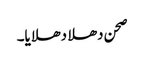
صحن دھلا دھلایا۔